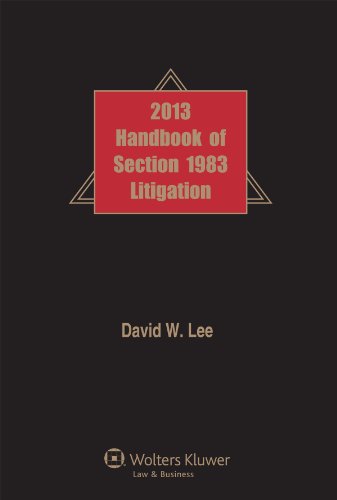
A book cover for Handbook of Section 1983 Litigation, 2013 Edition; David W. Lee; Law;